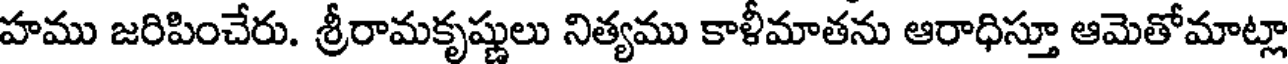
హము జరిపించేరు. శ్రీరామకృష్ణులు నిత్యము కాళీమాతను ఆరాధిస్తూ ఆమెతోమాట్లా